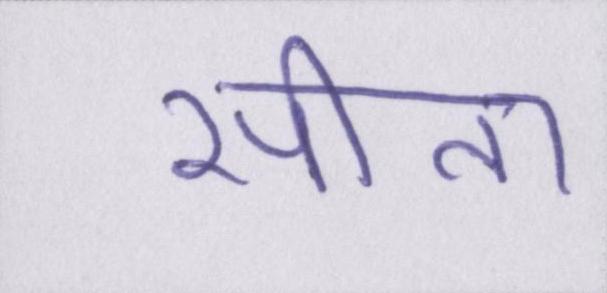
सीता